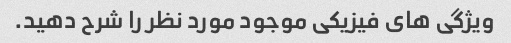
ویژگی های فیزیکی موجود مورد نظر را شرح دهید.